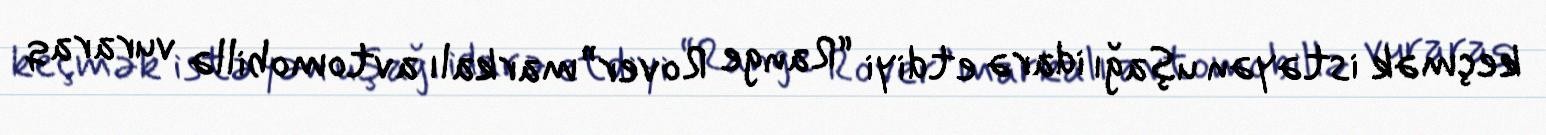
keçmək istəyən uşağı idarə etdiyi “Range Rover” markalı avtomobillə vuraraq